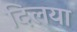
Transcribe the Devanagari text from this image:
दिलया